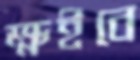
ক্ষইবে